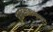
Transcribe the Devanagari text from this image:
रसदसाठ्यांतून